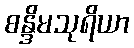
စန္ဒိမသုရိယာ